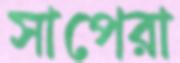
সাপেরা